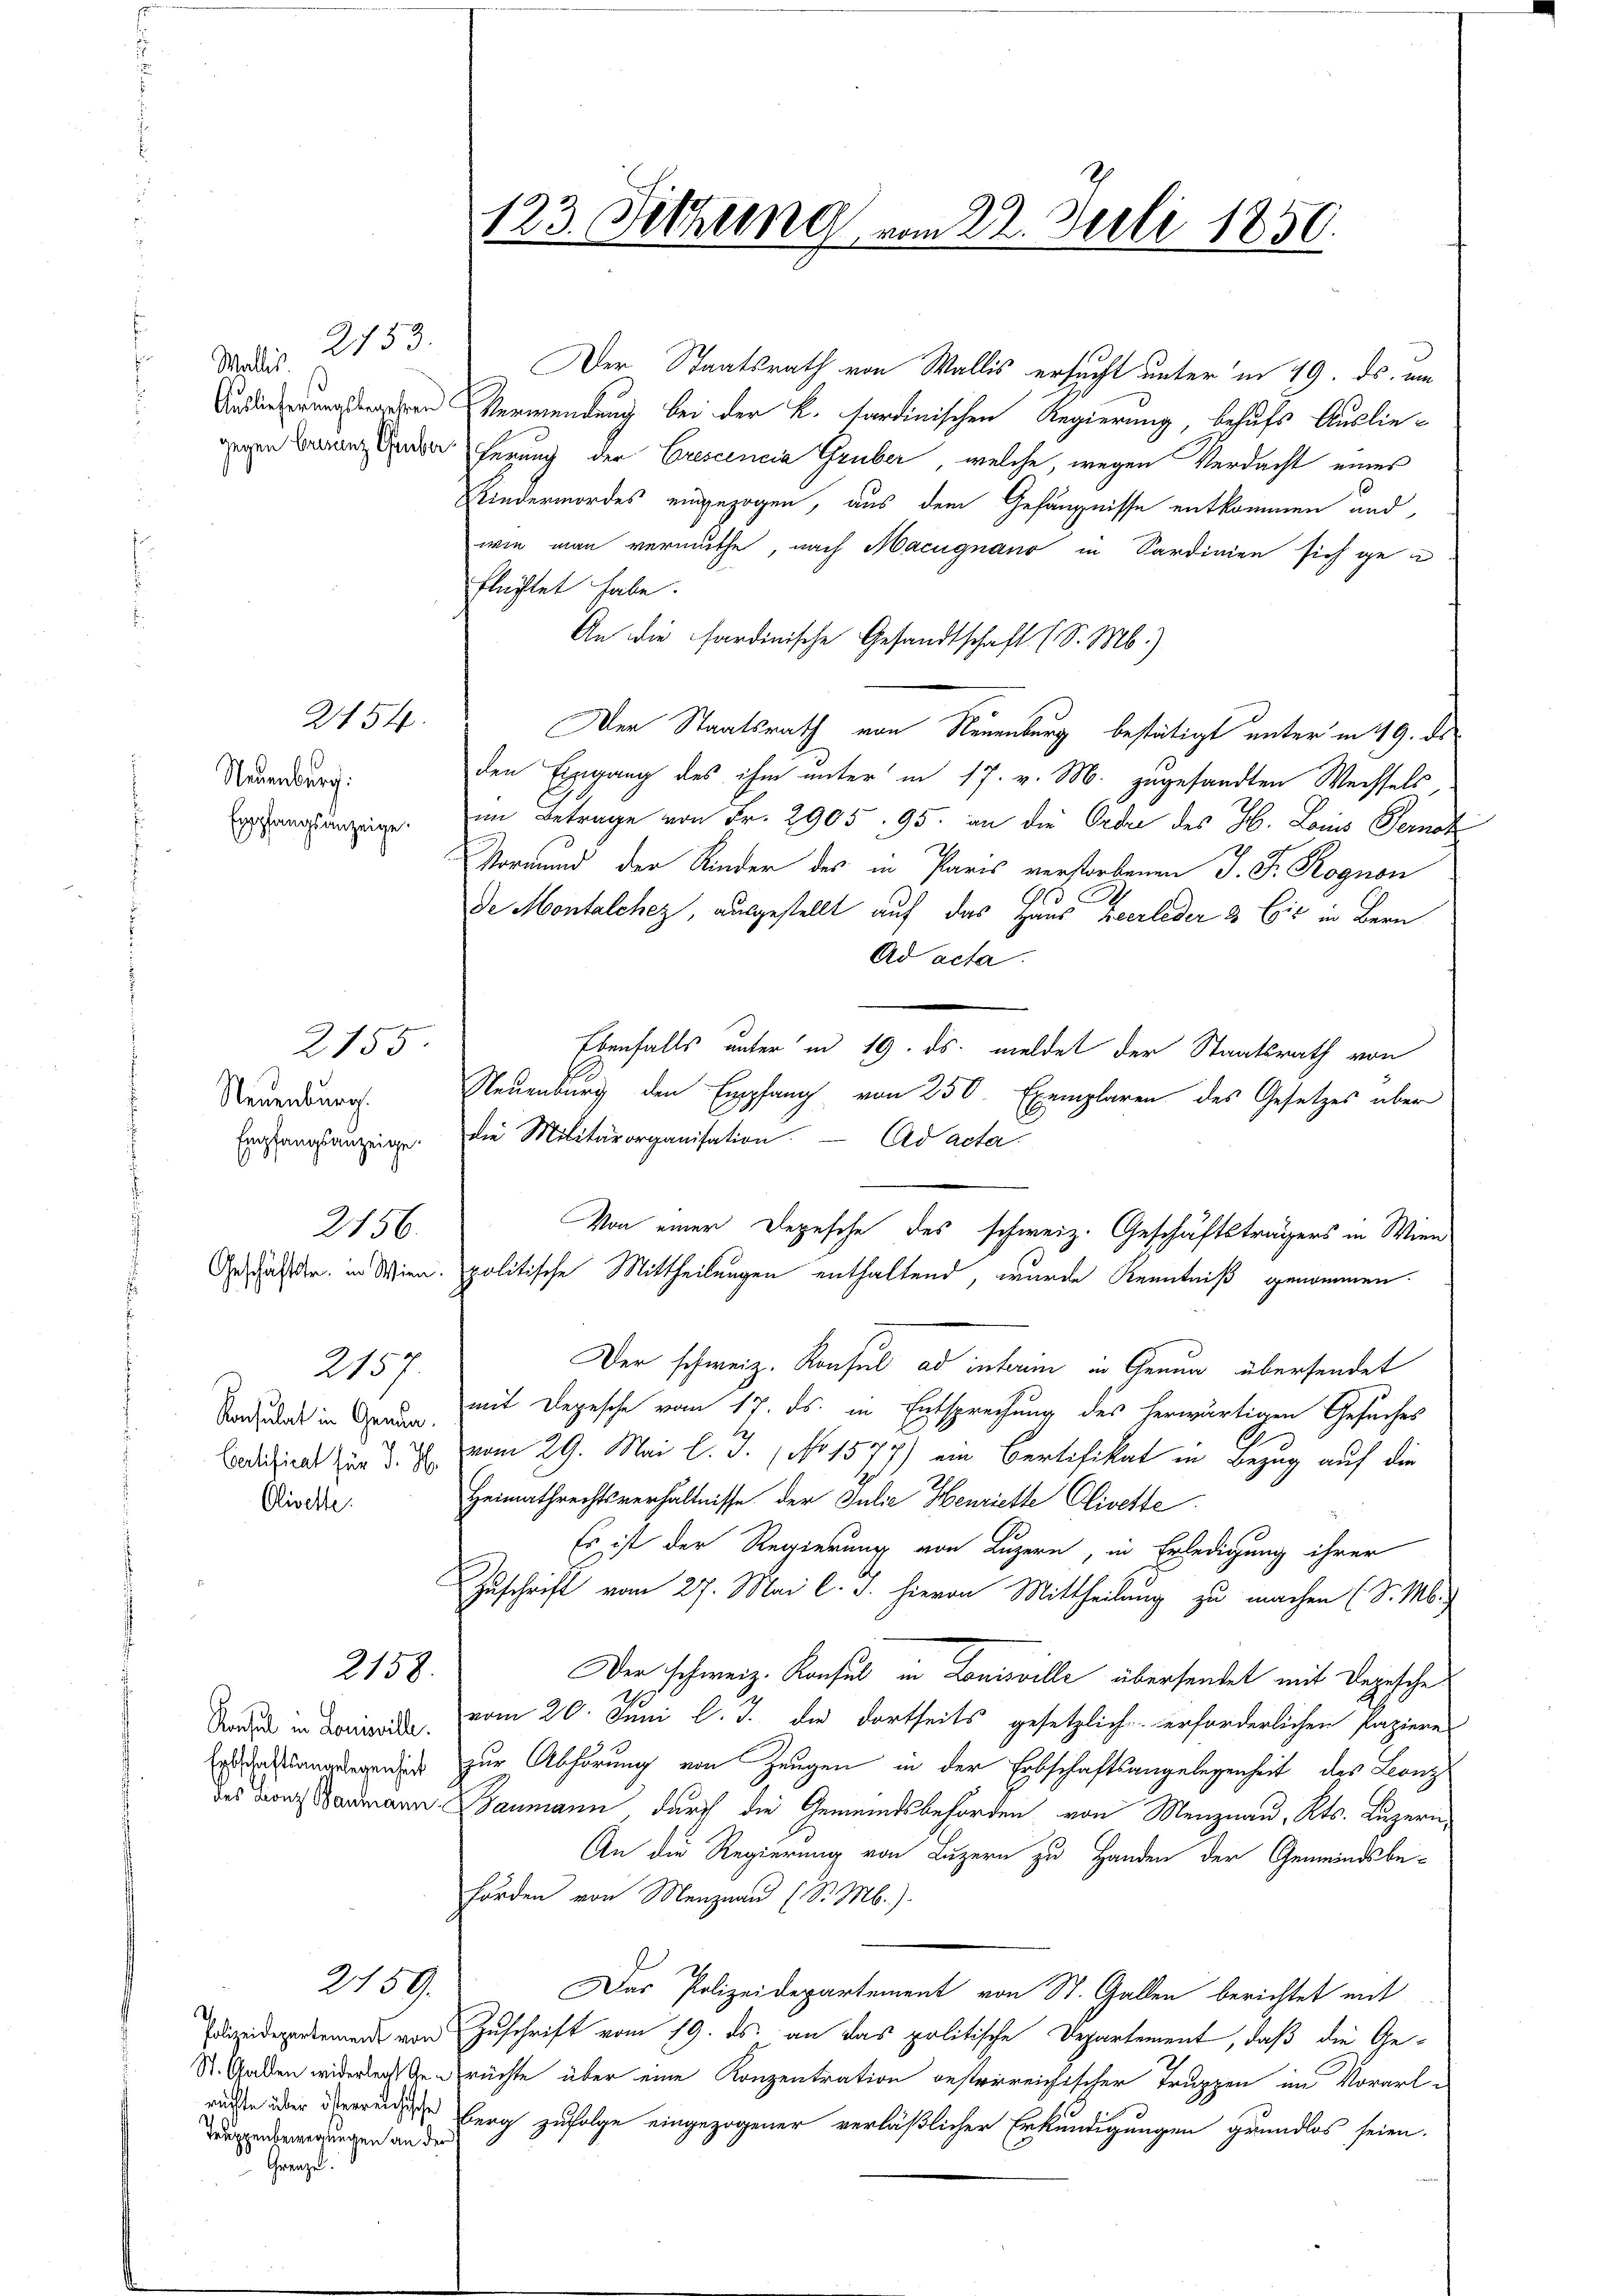
Mad. 2153.

Neuenburg.

Neuenburg.

2154.

2155

2156

Der Staatsrath von Wallis ersucht unter in 49. ds. um
n Verwendung bei der k. fordinischen Regierung, behufs Ausliegegen an der herung der Crescencia Gruber, welche, wegen Verdacht eines
Kindermordes eingezogen, aus dem Gefängnisse entkommen und
wie man vermuthe, nach Macugnano in Sardinien sich geflüchtet habe.
An die sardinische Gesandtschaft (S. M.)
Der Staatsrath von Neuenburg bestätigt unter in 49. ds
den Eingang des ihm unter in 17. v. M. zugesandten Wechsels,
Ergangsanzeige im Betrage von Fr. 2905. 95. an die Ordre des H. Louis Pernoh
Vormund der Kinder des in Paris verstorbenen J. J. Rognon
A
165
de Montalchez, ausgestellt auf das Haus Zeerleder 3 Eis in Bern
Ad acta.
Ebenfalls unter in 19. ds. meldet der Staatsrath von
Neuenburg den Empfang von 250. Exemplaren des Gesetzes über
Emstangsanzeige. Die Militärorganisation. Ad acta
Von einer Depesche des schweiz. Geschäftsträgers in Wien
Anschaden in Wien. politische Mittheilungen enthaltend, wurde Kenntniß genommen.
Der schweiz. Konsul ad interin in Genun übersendet
2157
mit Depesche vom 17. ds. in Entsprechung des herwärtigen Gesuches
Konsulat in Genun.

Badihielt zur d. J. vom 29. Mai l. J. No 1577) ein Bertifikat in Bezug auf die
Heimathrechtsverhältnisse der Julie Henriette Olivelte
Olivelte.
Es ist der Regierung von Luzern, in Erledigung ihrer
Zuschrift vom 27. Mai l. J. hievon Mittheilung zu machen (S. M.)
2158.
Der schweiz. Konsul in Louisville übersendet mit Depesche
Soden in den vom 20. Juni l. J. die dortseits gesetzlich erforderlichen Papiere
Errung der zur Abhörung von Zeugen in der Erbschaftsangelegenheit des Leonz
des dons Baumann Baumann, durch die Gemeindsbehörden von Menznau, Kts. Luzern,
An die Regierung von Luzern zu Handen der Gemeindsbe-
hörden von Menznau (S. M.).
.
2159.
Das Polizeidepartement von St. Gallen berichtet mit
danidepartemende von Zuschrift vom 19. ds. an das politische Departement, daß die Ge¬
St. Gaden widerlecht berüchte über eine Konzentration gesterreichischer Truppen im Vorarlrechte über die Berg zufolge eingezogener verläßlicher Erkundigungen grundlos seien.
Truppenbewegungen an der
Grenze.

123. Sitzung vom 22. Juli 1850.